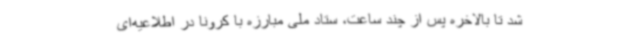
شد تا بالاخره پس از چند ساعت، ستاد ملی مبارزه با کرونا در اطلاعیه‌ای